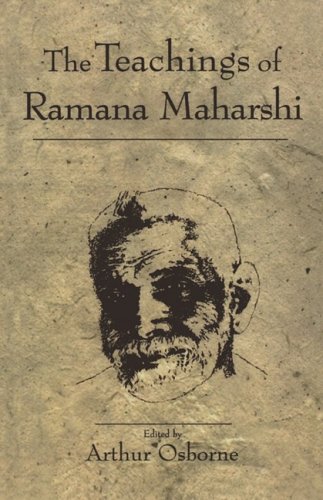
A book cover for The Teachings of Ramana Maharshi; Arthur Osborne; Religion & Spirituality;